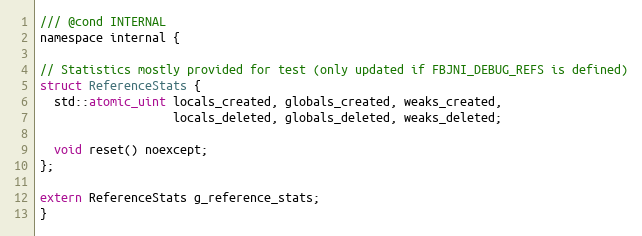
Language: C
/// @cond INTERNAL
namespace internal {

// Statistics mostly provided for test (only updated if FBJNI_DEBUG_REFS is defined)
struct ReferenceStats {
  std::atomic_uint locals_created, globals_created, weaks_created,
                   locals_deleted, globals_deleted, weaks_deleted;

  void reset() noexcept;
};

extern ReferenceStats g_reference_stats;
}